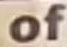
of